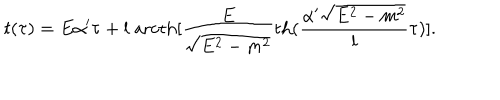
t ( \tau ) = E \alpha ^ { \prime } \tau + l \; \mathrm { a r c t h } [ \frac { E } { \sqrt { E ^ { 2 } - m ^ { 2 } } } \mathrm { t h } ( \frac { \alpha ^ { \prime } \sqrt { E ^ { 2 } - m ^ { 2 } } } { l } \tau ) ] .